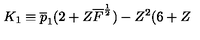
K _ { 1 } \equiv \overline { { p } } _ { 1 } ( 2 + Z \overline { { F } } ^ { \frac { 1 } { 2 } } ) - Z ^ { 2 } ( 6 + Z